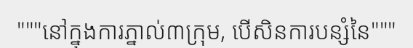
"""នៅក្នុងការភ្នាល់៣ក្រុម, បើសិនការបន្សំនៃ"""